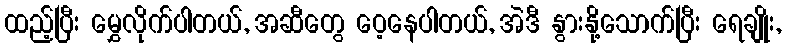
ထည့်ပြီး မွှေလိုက်ပါတယ်, အဆီတွေ ဝေ့နေပါတယ်, အဲဒီ နွားနို့သောက်ပြီး ရေချိုး,